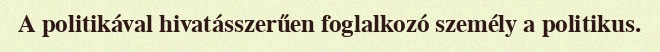
A politikával hivatásszerűen foglalkozó személy a politikus.